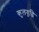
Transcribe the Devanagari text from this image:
कुलवृद्धि